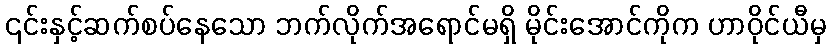
၎င်းနှင့်ဆက်စပ်နေသော ဘက်လိုက်အရောင်မရှိ မိုင်းအောင်ကိုက ဟာဝိုင်ယီမှ